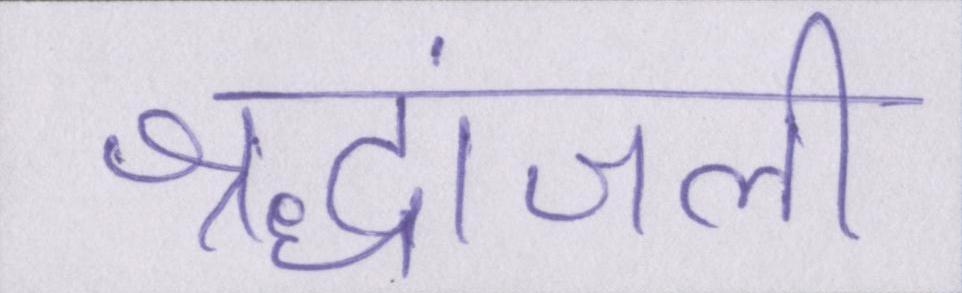
श्रद्धांजली